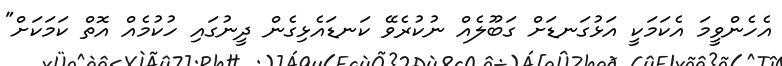
އެހެންވީމަ އެކަމަކީ އަޅުގަނޑަށް ގަބޫލެއް ނުކުރެވޭ ކަނޑައެޅިގެން ދީނުގައި ހުކުމެއް އޮތް ކަމަކަށް"